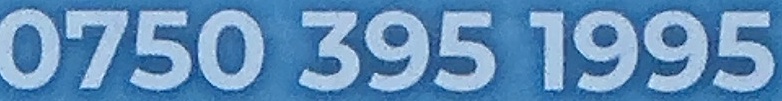
0750 395 1995